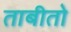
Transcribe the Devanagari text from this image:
ताबीतो